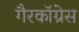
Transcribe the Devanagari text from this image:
गैरकॉग्रेस